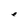
Character: e